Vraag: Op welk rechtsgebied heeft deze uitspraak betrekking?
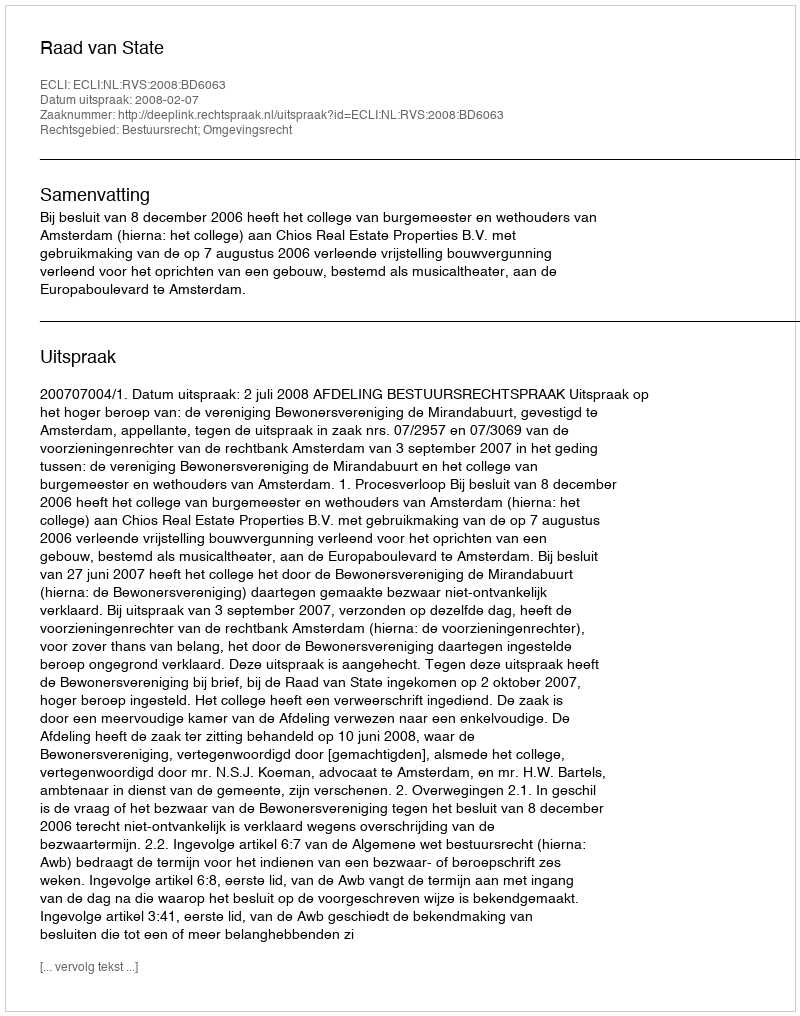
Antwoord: Bestuursrecht; Omgevingsrecht